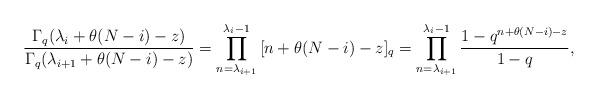
LaTeX: \begin{gather*}\frac{\Gamma_q(\lambda_i + \theta(N - i) - z)}{\Gamma_q(\lambda_{i+1} + \theta(N - i) - z)} =\prod_{n = \lambda_{i+1}}^{\lambda_i - 1}{[n + \theta(N - i) - z]_q} =\prod_{n = \lambda_{i+1}}^{\lambda_i - 1}{\frac{1 - q^{n + \theta(N - i) - z}}{1 - q}},\end{gather*}